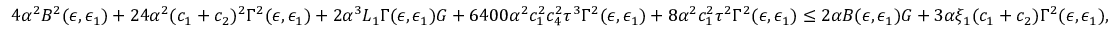
4 \alpha ^ { 2 } B ^ { 2 } ( \epsilon , \epsilon _ { 1 } ) + 2 4 \alpha ^ { 2 } ( c _ { 1 } + c _ { 2 } ) ^ { 2 } \Gamma ^ { 2 } ( \epsilon , \epsilon _ { 1 } ) + 2 \alpha ^ { 3 } L _ { 1 } \Gamma ( \epsilon , \epsilon _ { 1 } ) G + 6 4 0 0 \alpha ^ { 2 } c _ { 1 } ^ { 2 } c _ { 4 } ^ { 2 } \tau ^ { 3 } \Gamma ^ { 2 } ( \epsilon , \epsilon _ { 1 } ) + 8 \alpha ^ { 2 } c _ { 1 } ^ { 2 } \tau ^ { 2 } \Gamma ^ { 2 } ( \epsilon , \epsilon _ { 1 } ) \le 2 \alpha B ( \epsilon , \epsilon _ { 1 } ) G + 3 \alpha \xi _ { 1 } ( c _ { 1 } + c _ { 2 } ) \Gamma ^ { 2 } ( \epsilon , \epsilon _ { 1 } ) ,